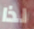
لذا